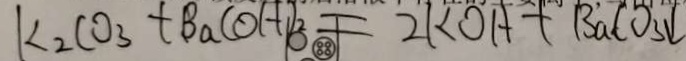
k _ { 2 } C O _ { 3 } + B a ( O H ) _ { 2 } = 2 K O H + B a C O _ { 3 } \downarrow